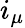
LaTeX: i_{\mu}